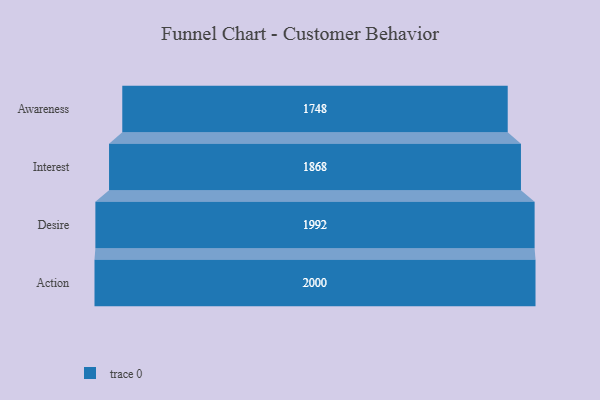
{"axis": {"x": "Stage", "y": "Value"}, "legend": [""], "data": [{"x": "Awareness", "y": 1748.0, "type": ""}, {"x": "Interest", "y": 1868.0, "type": ""}, {"x": "Desire", "y": 1992.0, "type": ""}, {"x": "Action", "y": 2000, "type": ""}]}